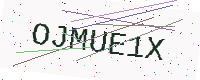
Text: OJMUE1X